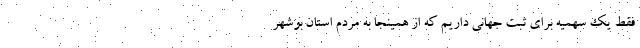
فقط یک سهمیه برای ثبت جهانی داریم که از همینجا به مردم استان بوشهر